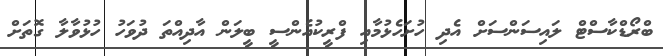
ބްރޯޑްކާސްޓް ލައިސަންސަށް އެދި ހުށަހެޅުމާއި ފްރީކުއެންސީ ބީލަން އާދިއްތަ ދުވަހު ހުޅުވާލާ ގޮތަށް